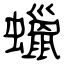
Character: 蠟